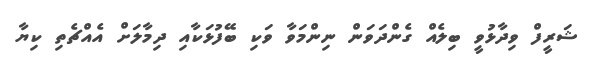
ޝަރީފް ވިދާޅުވީ ބިލެއް ގެންދަވަން ނިންމަވާ ވަކި ބޭފުޅަކާއި ދިމާލަށް އެއްޗެތި ކިޔާ